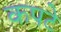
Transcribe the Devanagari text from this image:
कपटे